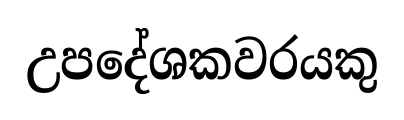
උපදේශකවරයකු